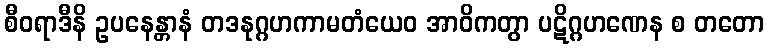
စီဝရာဒီနိ ဥပနေန္တာနံ တဒနုဂ္ဂဟကာမတံယေဝ အာဝိကတွာ ပဋိဂ္ဂဟဏေန စ တတော